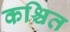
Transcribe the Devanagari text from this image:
कश्चित